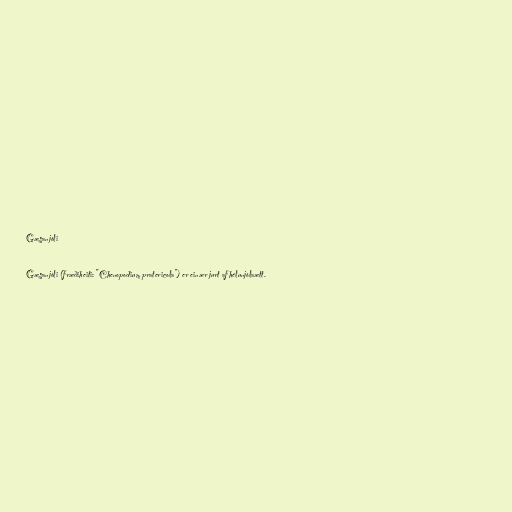
Gæsanjóli

Gæsanjóli (fræðiheiti: "Chenopodium pratericola") er einær jurt af hélunjólaætt.